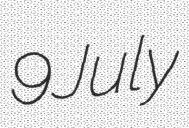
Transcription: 9 July